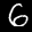
Label: 6